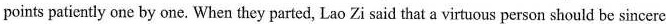
points patiently one by one. When they parted, Lao Zi said that a virtuous person should be sincere